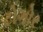
ટોગોર